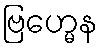
ဗြဟ္မေန